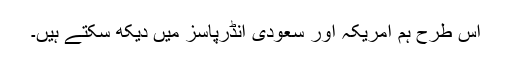
اس طرح ہم امریکہ اور سعودی انڈرپاسز میں دیکھ سکتے ہیں۔